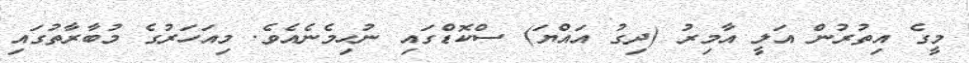
މީގެ އިތުރުން އަލީ އާމިރު (ދިގު އައްޔަ) ސްކޮޑްގައި ނުހިމެނެއެވެ. މިއަހަރުގެ މުބާރާތުގައި